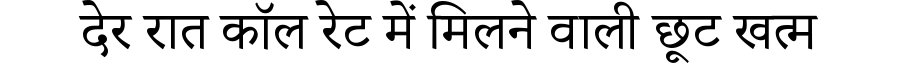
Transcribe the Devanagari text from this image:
देर रात कॉल रेट में मिलने वाली छूट खत्म